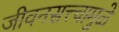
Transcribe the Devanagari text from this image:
जीवनसत्त्वामुळे